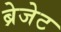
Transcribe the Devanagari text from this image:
ब्रेजेट